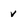
Character: v